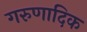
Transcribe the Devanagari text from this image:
गरुणादिक